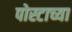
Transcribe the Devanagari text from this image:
पोस्टाच्या